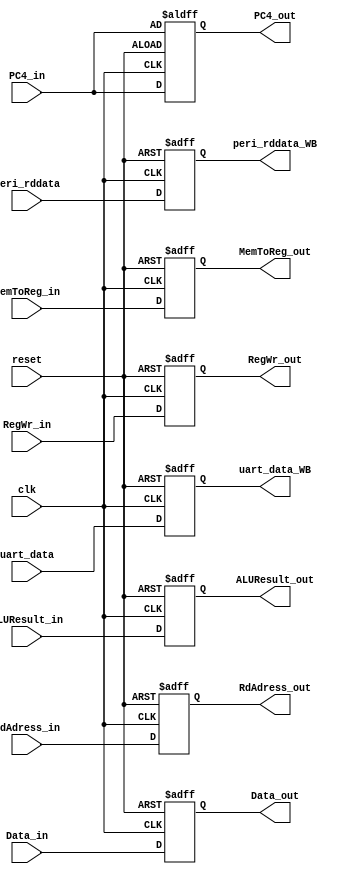
module MEM_WB_Register (clk, RegWr_in,
MemToReg_in, PC4_in,
Data_in, ALUResult_in, RdAdress_in,
RegWr_out, MemToReg_out, PC4_out,
Data_out, ALUResult_out, RdAdress_out,
peri_rddata, uart_data, peri_rddata_WB, uart_data_WB, reset);

input clk, reset;


input RegWr_in;
input [1:0] MemToReg_in;

input [31:0] PC4_in, Data_in, ALUResult_in, peri_rddata, uart_data;
input [4:0] RdAdress_in;



output RegWr_out;
output [1:0] MemToReg_out;

output [31:0] PC4_out, Data_out, ALUResult_out, peri_rddata_WB, uart_data_WB;
output [4:0] RdAdress_out;


reg RegWr_reg;
reg [1:0] MemToReg_reg;

reg [31:0] PC4_reg, Data_reg, ALUResult_reg, peri_rddata_reg, uart_data_reg;
reg [4:0] RdAdress_reg;

always @(posedge clk or negedge reset) begin
	if(~reset) begin
		RegWr_reg = 0; 
		MemToReg_reg = 0; 
		Data_reg = 0; 
		ALUResult_reg = 0; 
		RdAdress_reg = 0;
		peri_rddata_reg = 0;
		uart_data_reg = 0;
		PC4_reg = PC4_in;
	end
	else begin
		RegWr_reg = RegWr_in; 
		MemToReg_reg = MemToReg_in; 
		Data_reg = Data_in; 
		ALUResult_reg = ALUResult_in; 
		RdAdress_reg = RdAdress_in;
		peri_rddata_reg = peri_rddata;
		uart_data_reg = uart_data;
		PC4_reg = PC4_in;
	end
	
end

assign RegWr_out = RegWr_reg; 
assign MemToReg_out = MemToReg_reg; 
assign Data_out = Data_reg; 
assign ALUResult_out = ALUResult_reg; 
assign RdAdress_out = RdAdress_reg;
assign peri_rddata_WB = peri_rddata_reg;
assign uart_data_WB = uart_data_reg;
assign PC4_out = PC4_reg;
endmodule